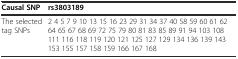
| Causal SNP | rs3803189 |
 | --- | --- |
 | The selected tag SNPs | 2 4 5 7 9 10 13 15 16 23 29 31 34 37 40 58 59 60 61 62 64 65 67 68 69 72 75 79 80 81 83 85 89 91 94 103 108 111 116 118 119 120 121 125 127 129 134 136 139 143 153 155 157 158 159 166 167 168 |